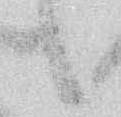
候